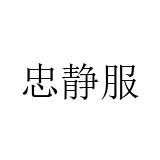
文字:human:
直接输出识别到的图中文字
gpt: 忠静服